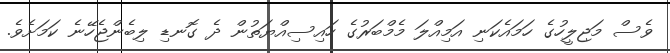
ވެސް މަޖިލީހުގެ ހަމައެކަނި އަމިއްލަ މެމްބަރުގެ ހައިސިއްޔަތުން ދެ ގޮނޑި ލިބެންޖެހޭނެ ކަމަށެވެ.